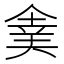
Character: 𠌉